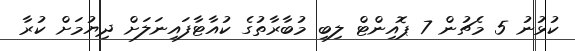
ކުޅުނު 5 މެޗުން 7 ޕޮއިންޓް ލިބި މުބާރާތުގެ ކުއާޓާފައިނަލަށް ދިޔުމަށް ކުރާ